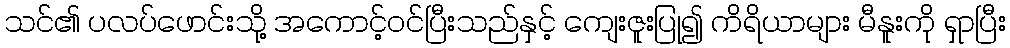
သင်၏ ပလပ်ဖောင်းသို့ အကောင့်ဝင်ပြီးသည်နှင့် ကျေးဇူးပြု၍ ကိရိယာများ မီနူးကို ရှာပြီး